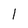
Character: 1